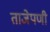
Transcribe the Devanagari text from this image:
ताजेपणी